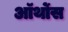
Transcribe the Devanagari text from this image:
ऑर्थोस